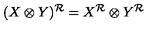
( X \otimes Y ) ^ { \cal R } = X ^ { \cal R } \otimes Y ^ { \cal R }